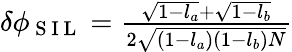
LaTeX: \begin{array}{r}{\delta\phi_{\mathrm{~S~I~L~}}=\frac{\sqrt{1-l_{a}}+\sqrt{1-l_{b}}}{2\sqrt{(1-l_{a})(1-l_{b})N}}}\end{array}